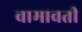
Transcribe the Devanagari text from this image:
वामावती